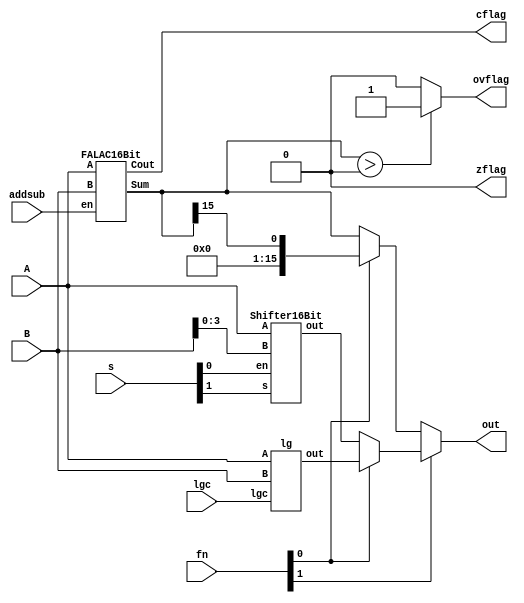
/*The following design is purely made of combinational logic.
The ALU has 3 blocks along with 3 flags namely add/sub, shifter & logical blocks
and carry, zero & overflow flags.
Output of addsub = a....functionclass = 00
Output of slt = b.......functionclass = 01
Output of shift = c.....functionclass = 10
Output of logical = d...functionclass = 11

For addsub, carry look ahead adder is used with 2's complement block.
For shift, a barrel shifter is used with logic left-right and arithmetic right. Default shift is always set to shift right
	Shift Logic Right.........00
	Shift Logic Left..........01
	Shift Arithimetic Right...10
	
Logic block : 	AND...00
					OR....01
					XOR...10
					NOR...11
*/
module ALU16Bit(addsub,lgc,s,fn,A,B,out,cflag,zflag,ovflag);
input [1:0]fn,lgc,s;
input addsub;
input [15:0]A,B;
wire [15:0]a,b,c,d;
wire Cout;
output [15:0]out;
output cflag,zflag,ovflag;

/////////////////

FALAC16Bit fa(A,B,addsub,a,Cout);//a = sum...
Shifter16Bit sr(A,B[3:0],s[0],s[1],c);//c = Shift
lg lg0(lgc,A,B,d);//d = logic
assign b = a[15];//b = Slt
//00...Sum 01...SLT 10...Shift 11...logic
assign out = fn[1]?(fn[0]?d:c):(fn[0]?b:a);
assign cflag = Cout;
assign zflag = a?1'b0:1'b0;
assign ovflag = (a>16'h0000)?1'b1:1'b0;
endmodule

//////////////////

module lg(lgc,A,B,out);
input [1:0]lgc;
input [15:0] A,B;
output [15:0]out;
assign out = lgc[1]?(lgc[0]?~(A|B):(A^B)):(lgc[0]?(A|B):(A&B));
endmodule

////////////////

module FALAC16Bit(A,B,en,Sum,Cout);
input [15:0] A,B;
input en;
wire [15:0]Bi;
output [15:0] Sum;
output Cout;
wire [15:0] G,P,c;
assign Bi = B^{16{en}};
assign G = A&Bi;
assign P = A^Bi;
assign c[0] = G[0]|(P[0]&en);
assign Sum [0] = P[0]^en;
generate
	genvar i;
		for(i=1;i<16;i=i+1)
		begin:FALAC16Bit
			assign c[i] = G[i]|(P[i]&c[i-1]);
			assign Sum[i] = P[i]^c[i-1];
		end
endgenerate
assign Cout = c[15];
endmodule
//////////////////
module Shifter16Bit(A,B,en,s,out);//Default Shift right...
input [15:0]A;
input [3:0]B;
input en,s;//00...SLR,01...SLL,10...SAR
wire [3:0]Bi;
assign Bi = (B^{4{en}})+{3'b000,en};
reg [15:0]C;
output [15:0]out;
always@(*)
begin
	case(Bi)
		4'b0001:	C = s?({A[15],A[15:1]}):({A[0],A[15:1]}&((en)?16'h8000:16'h7FFF));
		4'b0010: C = s?({{2{A[15]}},A[15:2]}):({A[1:0],A[15:2]}&((en)?16'hB000:16'h3FFF));
		4'b0011: C = s?({{3{A[15]}},A[15:3]}):({A[2:0],A[15:3]}&((en)?16'hE000:16'h1FFF));
		4'b0100: C = s?({{4{A[15]}},A[15:4]}):({A[3:0],A[15:4]}&((en)?16'hF000:16'h0FFF));
		4'b0101: C = s?({{5{A[15]}},A[15:5]}):({A[4:0],A[15:5]}&((en)?16'hF800:16'h07FF));
		4'b0110: C = s?({{6{A[15]}},A[15:6]}):({A[5:0],A[15:6]}&((en)?16'hFB00:16'h03FF));
		4'b0111: C = s?({{7{A[15]}},A[15:7]}):({A[6:0],A[15:7]}&((en)?16'hFE00:16'h01FF));
		4'b1000: C = s?({{8{A[15]}},A[15:8]}):({A[7:0],A[15:8]}&((en)?16'hFF00:16'h00FF));
		4'b1001: C = s?({{9{A[15]}},A[15:9]}):({A[8:0],A[15:9]}&((en)?16'hFF80:16'h007F));
		4'b1010: C = s?({{10{A[15]}},A[15:10]}):({A[9:0],A[15:10]}&((en)?16'hFFB0:16'h003F));
		4'b1011: C = s?({{11{A[15]}},A[15:11]}):({A[10:0],A[15:11]}&((en)?16'hFFE0:16'h001F));
		4'b1100: C = s?({{12{A[15]}},A[15:12]}):({A[11:0],A[15:12]}&((en)?16'hFFF0:16'h000F));
		4'b1101: C = s?({{13{A[15]}},A[15:13]}):({A[12:0],A[15:13]}&((en)?16'hFFF8:16'h0007));
		4'b1110: C = s?({{14{A[15]}},A[15:14]}):({A[13:0],A[15:14]}&((en)?16'hFFFB:16'h0003));
		4'b1111: C = s?({16{A[15]}}):({A[14:0],A[15]}&((en)?16'hFFFE:16'h0001));
		default: C = {A[15:0]};
	endcase
end
assign out = C;
endmodule